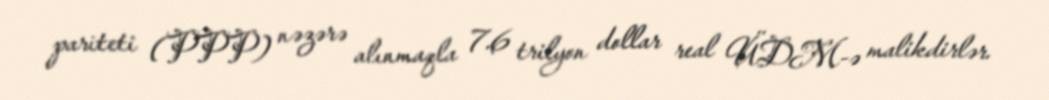
pariteti (PPP) nəzərə alınmaqla 7.6 trilyon dollar real ÜDM-ə malikdirlər.